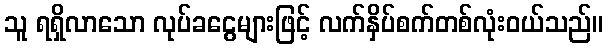
သူ ရရှိလာသော လုပ်ခငွေများဖြင့် လက်နှိပ်စက်တစ်လုံးဝယ်သည်။